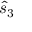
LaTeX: { \hat { s } } _ { 3 }